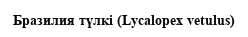
Бразилия түлкі (Lycalopex vetulus)